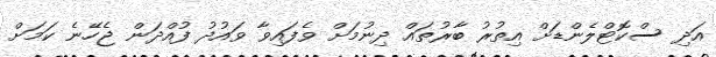
އަދި ސްކޮޓްލެންޑަށް އިތުރު ބާރުތައް ދިނުމަށް ވެފައިވާ ވައުދު ފުއްދަން ޖެހޭނެ ކަމަށް